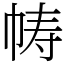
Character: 帱